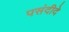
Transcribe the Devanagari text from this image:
पसंदीदे